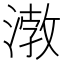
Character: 㴾